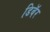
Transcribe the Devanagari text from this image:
डिबॅर